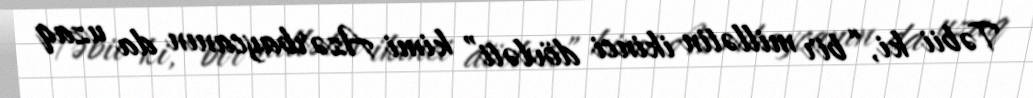
Təbii ki, “bir millətin ikinci dövləti” kimi Azərbaycanın da uzaq